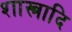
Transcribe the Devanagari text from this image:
शास्त्रादि